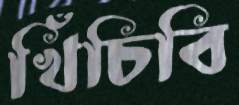
খিঁচিবি